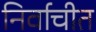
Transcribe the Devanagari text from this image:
निर्वाचीत